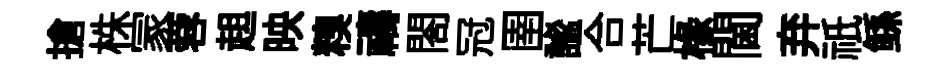
搶株冡蓉趄映糗禱閤冠圉謐合芒椽閫弃祇鲧